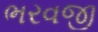
ભરવજી